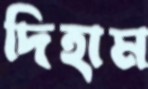
দিহাম